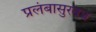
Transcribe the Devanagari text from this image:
प्रलंबासुरवध